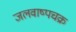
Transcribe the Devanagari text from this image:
जलवाष्पचक्र